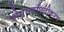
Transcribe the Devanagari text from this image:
शेषान्त्रछिद्रीकरण